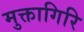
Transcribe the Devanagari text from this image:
मुक्तागिरि